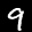
Label: 9